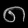
Digit: ၈